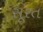
સૂરત